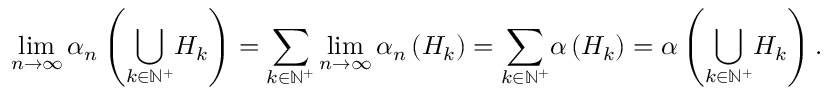
\operatorname* { l i m } _ { n \rightarrow \infty } \alpha _ { n } \left( { \displaystyle \bigcup _ { k \in \mathbb { N } ^ { + } } } H _ { k } \right) = { \displaystyle \sum _ { k \in \mathbb { N } ^ { + } } } \operatorname* { l i m } _ { n \rightarrow \infty } \alpha _ { n } \left( H _ { k } \right) = { \displaystyle \sum _ { k \in \mathbb { N } ^ { + } } } \alpha \left( H _ { k } \right) = \alpha \left( { \displaystyle \bigcup _ { k \in \mathbb { N } ^ { + } } } H _ { k } \right) .